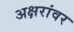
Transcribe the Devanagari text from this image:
अक्षरांवर